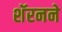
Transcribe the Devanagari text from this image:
शॅरनने